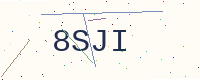
Text: 8SJI